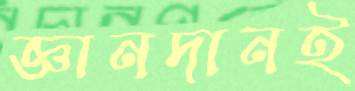
জ্ঞানদানই